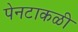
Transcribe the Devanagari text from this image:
पेनटाकळी